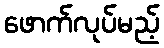
ဖောက်လုပ်မည့်